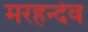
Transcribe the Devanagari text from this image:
मरहन्देव